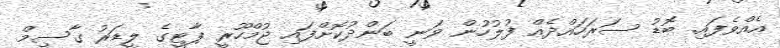
އެއްވެފައި. ބޮޑު ސަރަހައްދެއް ފުލުހުން ވަނީ ބަންދުކޮށްފައި ޖުމްހޫރީ ޕާޓީގެ ލީޑަރު ގާސިމް